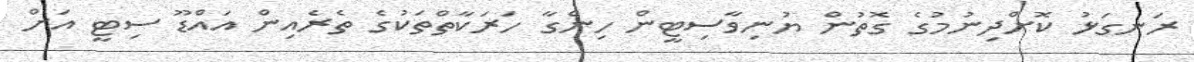
ރަނގަޅު ކޮށްދިނުމުގެ ގޮތުން ޔުނިވާސިޓީން ހިންގާ ހަރަކާތްތަކުގެ ތެރެއިން އައްޑޫ ސިޓީ އަށް